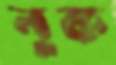
নুক